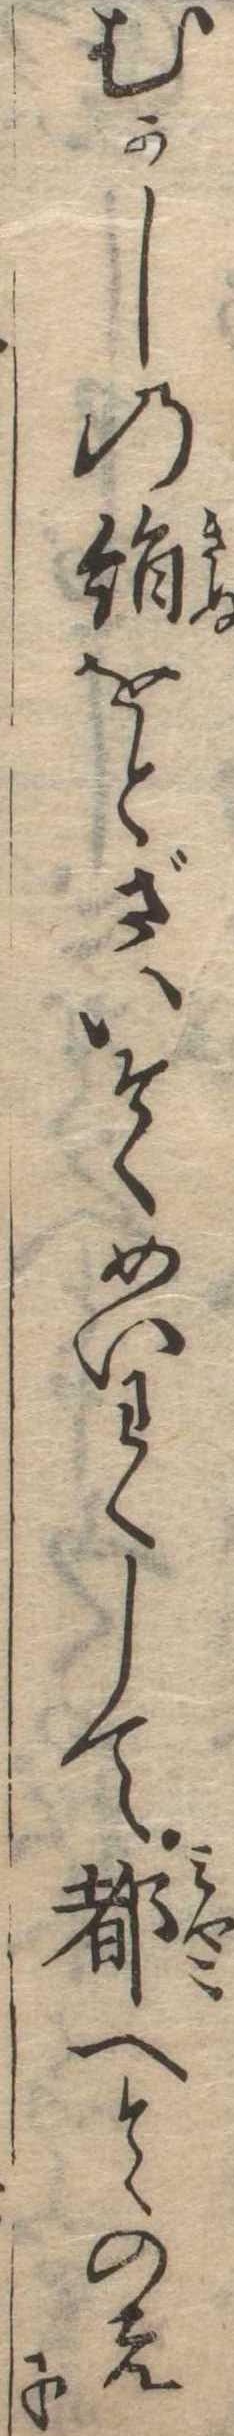
むかしの絹をとさいそくめいわくして都へとゝのえに